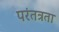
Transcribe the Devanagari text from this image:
परंतत्रता